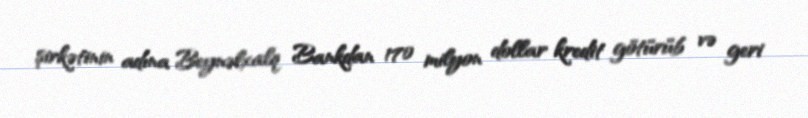
şirkətinin adına Beynəlxalq Bankdan 170 milyon dollar kredit götürüb və geri